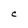
Character: C